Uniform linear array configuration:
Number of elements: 64
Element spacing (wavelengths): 0.25
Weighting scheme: exponential
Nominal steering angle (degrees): -60
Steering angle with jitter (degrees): -59.318
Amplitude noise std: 0.05
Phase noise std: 0.05

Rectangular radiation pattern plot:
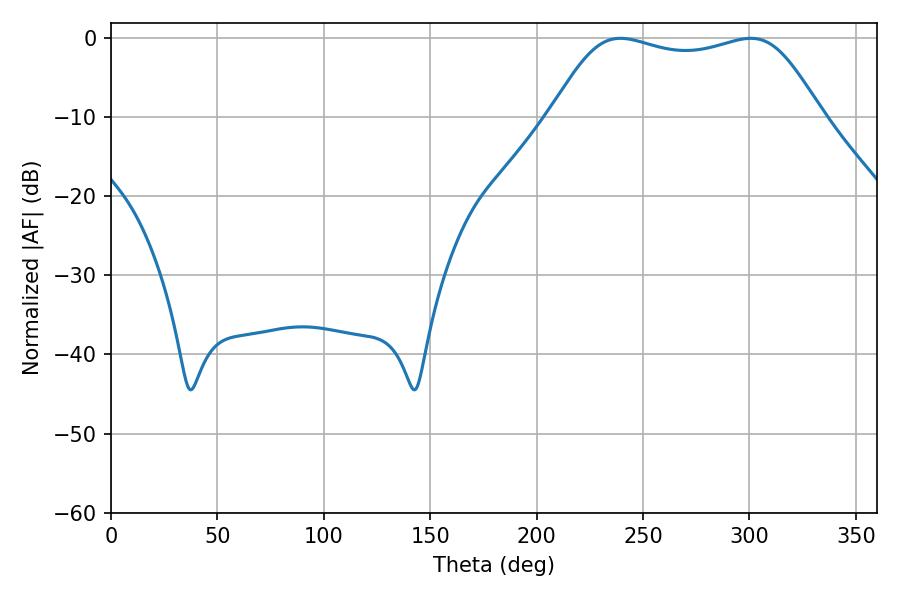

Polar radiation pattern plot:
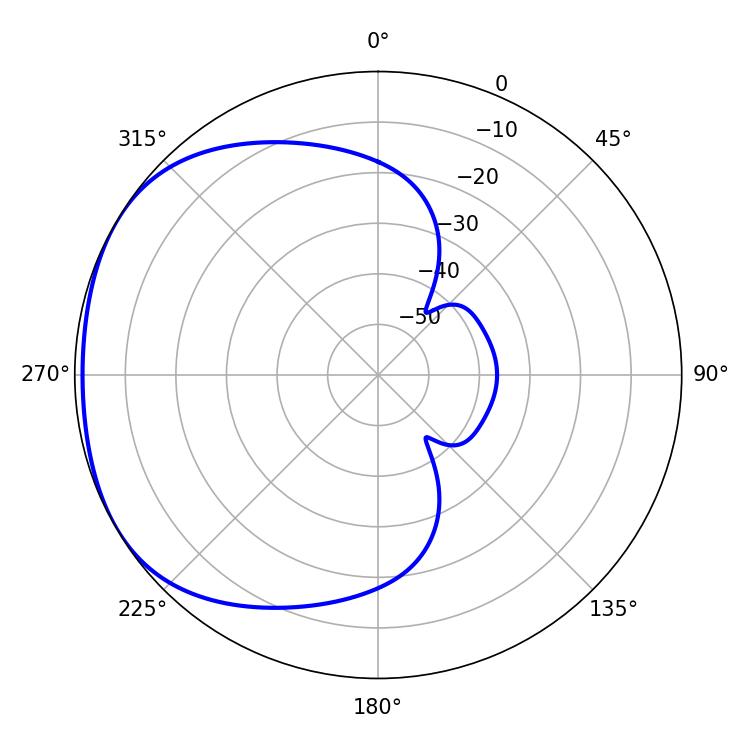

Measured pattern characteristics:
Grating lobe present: FALSE
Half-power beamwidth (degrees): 97.56
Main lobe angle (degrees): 239.4